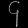
Digit: ၄